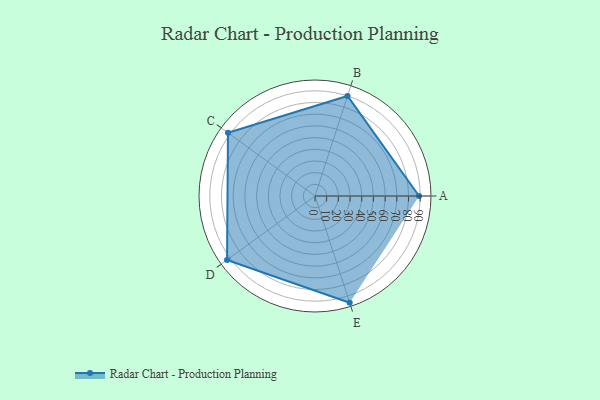
{"axis": {"x": "Skill", "y": "Score"}, "legend": ["Profile"], "data": [{"x": "A", "y": 89.0, "type": "Profile"}, {"x": "B", "y": 90.0, "type": "Profile"}, {"x": "C", "y": 92.0, "type": "Profile"}, {"x": "D", "y": 93.0, "type": "Profile"}, {"x": "E", "y": 96.0, "type": "Profile"}]}